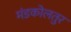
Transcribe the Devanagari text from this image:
मंडकोलतुर